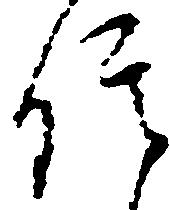
信